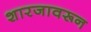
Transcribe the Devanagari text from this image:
शारजावरून